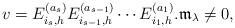
LaTeX: \begin{align*}v= E_{{i_{{s}}},h}^{(a_s)} E_{{i_{{s-1}}},h}^{(a_{s-1})} \cdots E_{i_1, h}^{(a_1)}.\mathfrak{m}_\lambda\neq0,\end{align*}